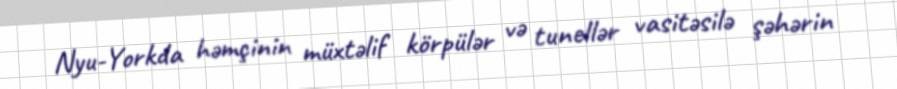
Nyu-Yorkda həmçinin müxtəlif körpülər və tunellər vasitəsilə şəhərin